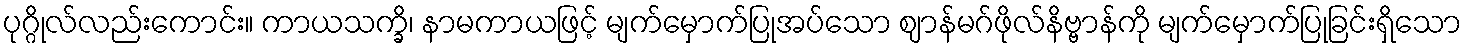
ပုဂ္ဂိုလ်လည်းကောင်း။ ကာယသက္ခိ၊ နာမကာယဖြင့် မျက်မှောက်ပြုအပ်သော ဈာန်မဂ်ဖိုလ်နိဗ္ဗာန်ကို မျက်မှောက်ပြုခြင်းရှိသော